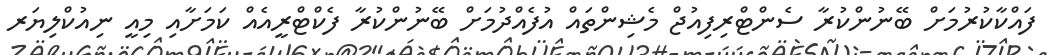
ފައްކާކުރުމަށް ބޭނުންކުރާ ސެންޓްރިފިއުޖް މެޝިންތައް އުފެއްދުމަށް ބޭނުންކުރާ ފެކްޓްރީއެއް ކަމަށާއި މިއީ ނިއުކްލިޔަރ